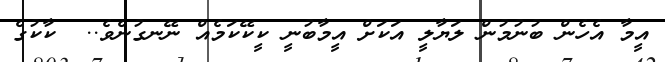
އީމާ އެހެން ބުނުމުން ލަޔާލީ އަކަށް އީމާބުނީ ކީކޭކަމެއް ނޭނގުނެވެ..  ކާކުގެ